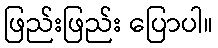
ဖြည်းဖြည်း ပြောပါ။